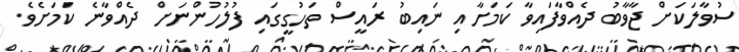
ސުވާލަކަށް ޖާވާބު ދެއްވާފައިވާ ކަމަށާއި ނައިބު ރައީސް ތަހުގީގައި ފުލުހުންނަށް ދެއްވާނެ ކަމަށެވެ.